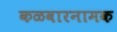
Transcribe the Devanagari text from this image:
कळवारनामक